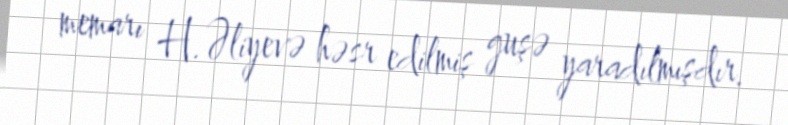
memarı H.Əliyevə həsr edilmiş guşə yaradılmışdır.